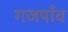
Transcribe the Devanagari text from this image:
गजपाँव